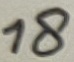
Text: 18